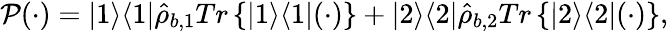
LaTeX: {\mathcal P}(\cdot)=|1\rangle\langle 1|\hat{\rho}_{b,1}Tr\left\{ |1\rangle\langle 1|(\cdot)\right\} +|2\rangle\langle 2|\hat{\rho}_{b,2}Tr\left\{ |2\rangle\langle 2|(\cdot)\right\} ,